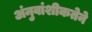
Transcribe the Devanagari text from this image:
अंनुवांशीकतेने